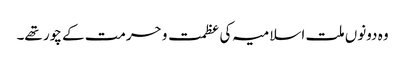
وہ دونوں ملت اسلامیہ کی عظمت و حرمت کے چور تھے۔